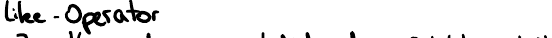
like - Operator